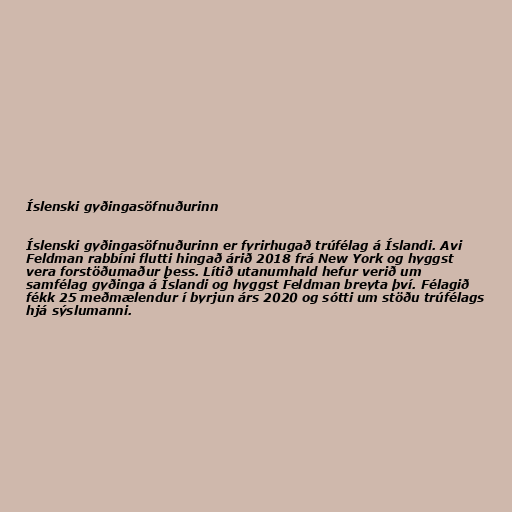
Íslenski gyðingasöfnuðurinn

Íslenski gyðingasöfnuðurinn er fyrirhugað trúfélag á Íslandi. Avi
Feldman rabbíni flutti hingað árið 2018 frá New York og hyggst
vera forstöðumaður þess. Lítið utanumhald hefur verið um
samfélag gyðinga á Íslandi og hyggst Feldman breyta því. Félagið
fékk 25 meðmælendur í byrjun árs 2020 og sótti um stöðu trúfélags
hjá sýslumanni.